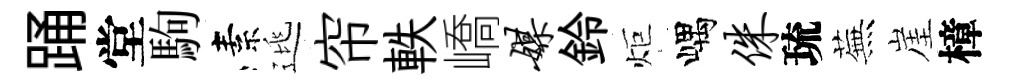
踊堂駒素逃帘軼嶠媒鈴炬嵎侏琉蕪崖樟